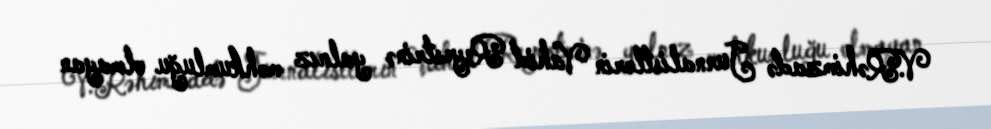
V.Rəhimzadə Jurnalistlərin Vahid Reyestrinə yalnız məhkumluğu olmayan